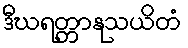
ဒီဃရတ္တာနုသယိတံ